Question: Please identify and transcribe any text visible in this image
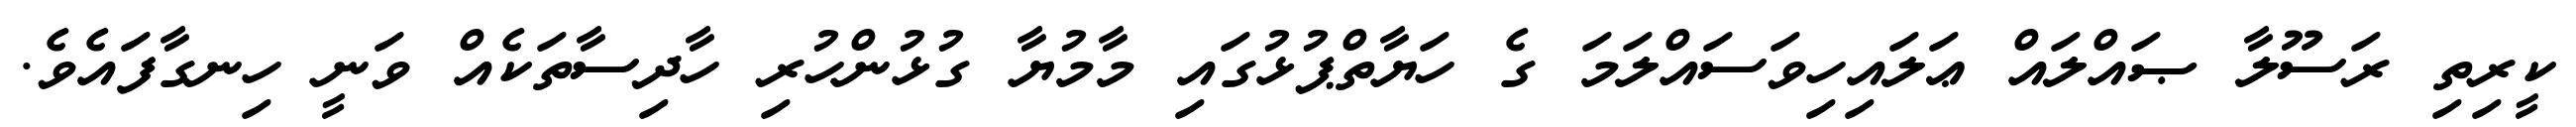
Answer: ކީރިތި ރަސޫލާ ޞައްލައް ޢަލައިހިވަސައްލަމަ ގެ ހަޔާތްޕުޅުގައި މާމުޔާ ގުޅުންހުރި ހާދިސާތަކެއް ވަނީ ހިނގާފައެވެ.